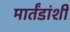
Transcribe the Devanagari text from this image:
मार्तंडांशी